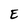
Character: E